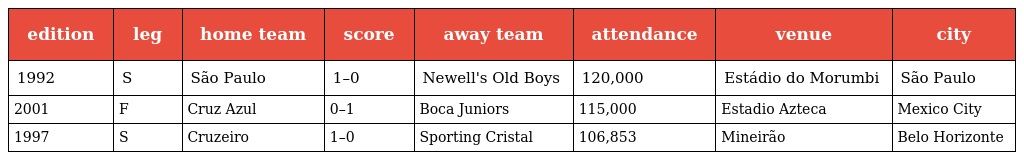
| edition | leg | home team | score | away team | attendance | venue | city |
 | --- | --- | --- | --- | --- | --- | --- | --- |
 | 1992 | S | São Paulo | 1–0 | Newell's Old Boys | 120,000 | Estádio do Morumbi | São Paulo |
 | 2001 | F | Cruz Azul | 0–1 | Boca Juniors | 115,000 | Estadio Azteca | Mexico City |
 | 1997 | S | Cruzeiro | 1–0 | Sporting Cristal | 106,853 | Mineirão | Belo Horizonte |